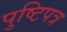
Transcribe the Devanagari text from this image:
पुष्टिपत्र